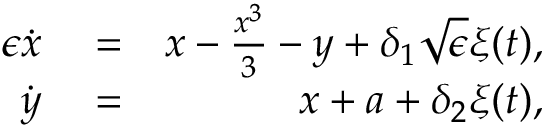
\begin{array} { r l r } { \epsilon \dot { x } } & { { } = } & { x - \frac { x ^ { 3 } } { 3 } - y + \delta _ { 1 } \sqrt { \epsilon } { \xi ( t ) } , } \\ { \dot { y } } & { { } = } & { x + a + \delta _ { 2 } { \xi ( t ) } , } \end{array}